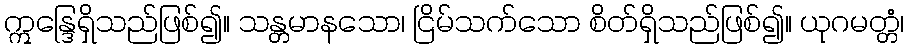
ဣန္ဒြေရှိသည်ဖြစ်၍။ သန္တမာနသော၊ ငြိမ်သက်သော စိတ်ရှိသည်ဖြစ်၍။ ယုဂမတ္တံ၊